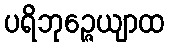
ပရိဘုဉ္ဇေယျာထ